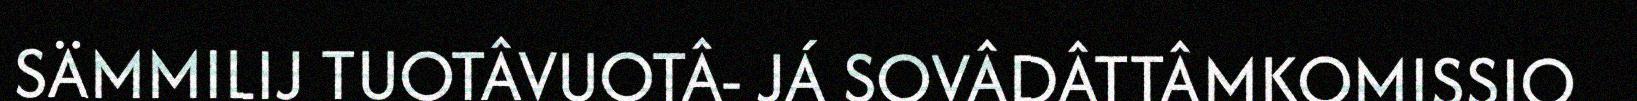
SÄMMILIJ TUOTÂVUOTÂ- JÁ SOVÂDÂTTÂMKOMISSIO